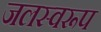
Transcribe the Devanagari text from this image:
जलस्वरूप